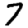
Digit: 7